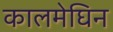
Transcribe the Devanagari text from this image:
कालमेघिन